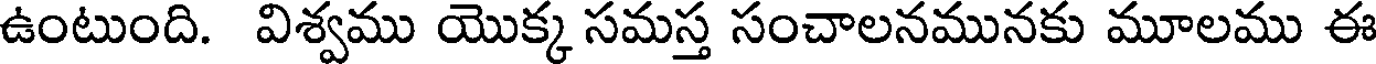
ఉంటుంది. విశ్వము యొక్క సమస్త సంచాలనమునకు మూలము ఈ